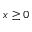
x \ge 0